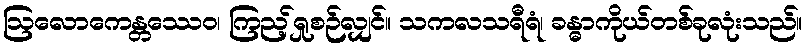
ဩလောကေန္တဿေဝ၊ ကြည့်ရှုစဉ်လျှင်။ သကလသရီရံ၊ ခန္ဓာကိုယ်တစ်ခုလုံးသည်။